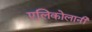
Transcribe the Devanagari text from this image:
एलिकोलानी